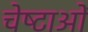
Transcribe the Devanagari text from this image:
चेष्‍टाओं